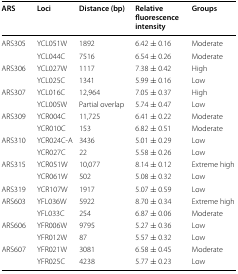
<table><thead><tr><td><b>ARS</b></td><td><b>Loci</b></td><td><b>Distance (bp)</b></td><td><b>Relative fluorescence intensity</b></td><td><b>Groups</b></td></tr></thead><tbody><tr><td rowspan="2">ARS305</td><td>YCL051W</td><td>1892</td><td>6.42 ± 0.16</td><td>Moderate</td></tr><tr><td>YCL044C</td><td>7516</td><td>6.54 ± 0.26</td><td>Moderate</td></tr><tr><td rowspan="2">ARS306</td><td>YCL027W</td><td>1117</td><td>7.38 ± 0.42</td><td>High</td></tr><tr><td>YCL025C</td><td>1341</td><td>5.99 ± 0.16</td><td>Low</td></tr><tr><td rowspan="2">ARS307</td><td>YCL016C</td><td>12,964</td><td>7.05 ± 0.37</td><td>High</td></tr><tr><td>YCL005W</td><td>Partial overlap</td><td>5.74 ± 0.47</td><td>Low</td></tr><tr><td rowspan="2">ARS309</td><td>YCR004C</td><td>11,725</td><td>6.41 ± 0.22</td><td>Moderate</td></tr><tr><td>YCR010C</td><td>153</td><td>6.82 ± 0.51</td><td>Moderate</td></tr><tr><td rowspan="2">ARS310</td><td>YCR024C-A</td><td>3436</td><td>5.01 ± 0.29</td><td>Low</td></tr><tr><td>YCR027C</td><td>22</td><td>5.58 ± 0.26</td><td>Low</td></tr><tr><td rowspan="2">ARS315</td><td>YCR051W</td><td>10,077</td><td>8.14 ± 0.12</td><td>Extreme high</td></tr><tr><td>YCR061W</td><td>502</td><td>5.08 ± 0.32</td><td>Low</td></tr><tr><td>ARS319</td><td>YCR107W</td><td>1917</td><td>5.07 ± 0.59</td><td>Low</td></tr><tr><td rowspan="2">ARS603</td><td>YFL036W</td><td>5922</td><td>8.70 ± 0.34</td><td>Extreme high</td></tr><tr><td>YFL033C</td><td>254</td><td>6.87 ± 0.06</td><td>Moderate</td></tr><tr><td rowspan="2">ARS606</td><td>YFR006W</td><td>9795</td><td>5.27 ± 0.36</td><td>Low</td></tr><tr><td>YFR012W</td><td>87</td><td>5.57 ± 0.32</td><td>Low</td></tr><tr><td rowspan="2">ARS607</td><td>YFR021W</td><td>3081</td><td>6.58 ± 0.45</td><td>Moderate</td></tr><tr><td>YFR025C</td><td>4238</td><td>5.77 ± 0.23</td><td>Low</td></tr></tbody></table>